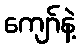
ကျော်နဲ့